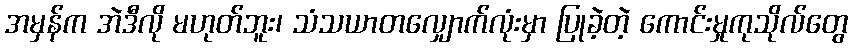
အမှန်က အဲဒီလို မဟုတ်ဘူး၊ သံသယာတလျှောက်လုံးမှာ ပြုခဲ့တဲ့ ကောင်းမှုကုသိုလ်တွေ